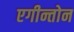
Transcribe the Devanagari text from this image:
एगीन्तोन